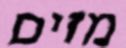
מזים